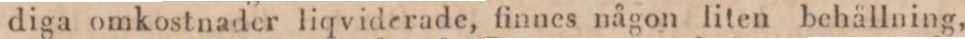
diga omkostnader liqviderade, finnes någon liten behållning,